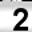
Digit: 2